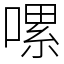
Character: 𠼱